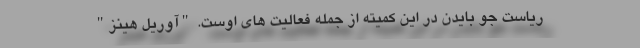
ریاست جو بایدن در این کمیته از جمله فعالیت های اوست. "آوریل هینز"